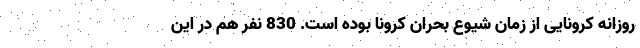
روزانه کرونایی از زمان شیوع بحران کرونا بوده است. 830 نفر هم در این